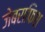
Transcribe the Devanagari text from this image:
जेबराफिश